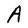
Character: A